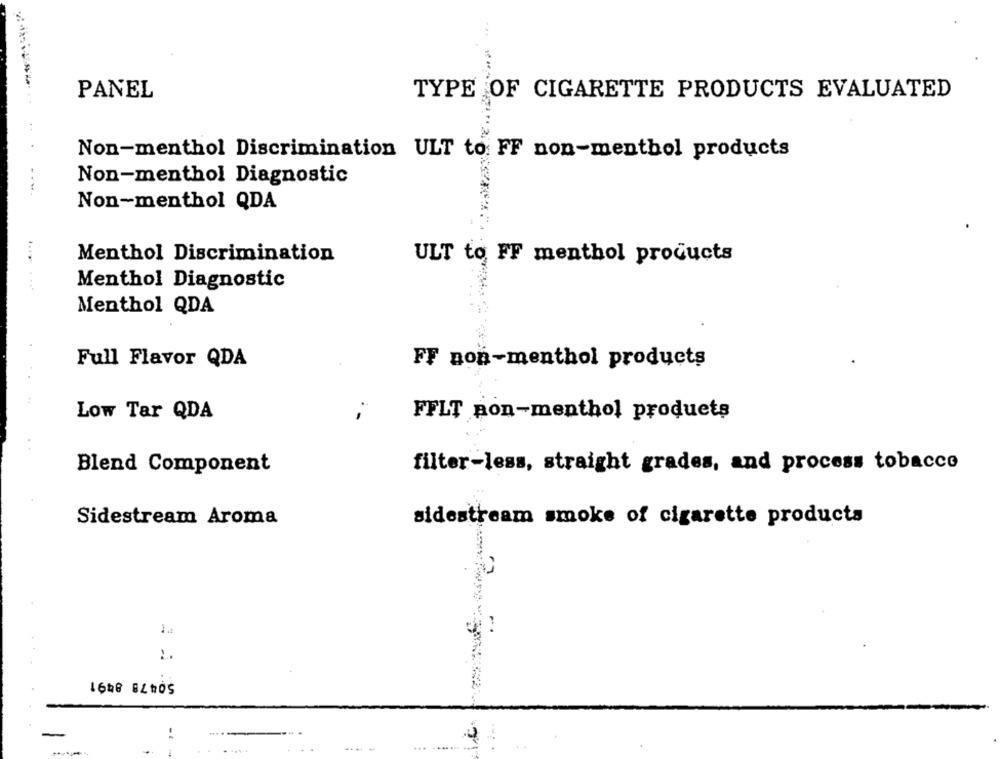
PANEL
TYPE OF CIGARETTE PRODUCTS EVALUATED
Non-menthol Discrimination ULT to FF non-menthol products
Non-menthol Diagnostic
Non-menthol QDA
Menthol Discrimination
ULT to FF menthol products
Menthol Diagnostic
Menthol QDA
Full Flavor QDA
FF non-menthol products
Low Tar QDA
FFLT non-menthol products
Blend Component
filter-less, straight grades, and process tobacco
Sidestream Aroma
sidestream smoke of cigarette products
..
50478 8491
-.
----